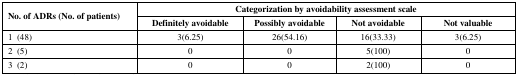
| <ROWSPAN=2> No. of ADRs (No. of patients) | <COLSPAN=4> Categorization by avoidability assessment scale |
 | Definitely avoidable | Possibly avoidable | Not avoidable | Not valuable |
 | --- | --- | --- | --- | --- |
 | 1 (48) | 3(6.25) | 26(54.16) | 16(33.33) | 3(6.25) |
 | 2 (5) | 0 | 0 | 5(100) | 0 |
 | 3 (2) | 0 | 0 | 2(100) | 0 |